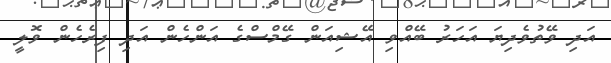
އަދި ވޭތުވެދިޔަ އަހަރު ބޭއްވި އޭޝިއަން ގޭމްސްގެ އަންހެން އަދި ފިރެހެން ވޮލީ